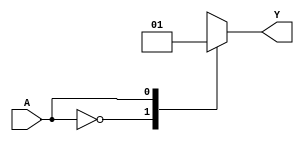
module kmap_single_variable (
    input wire A,      // 1-bit input
    output reg Y       // 1-bit output
);

// Define the values for outputs Y0 and Y1
parameter Y0 = 1'b0; // Output when A is 0
parameter Y1 = 1'b1; // Output when A is 1

always @(*) begin
    case (A)
        1'b0: Y = Y0;  // If A is 0, set Y to Y0
        1'b1: Y = Y1;  // If A is 1, set Y to Y1
        default: Y = 1'bx; // Undefined state (not necessary for single variable, but good practice)
    endcase
end

endmodule